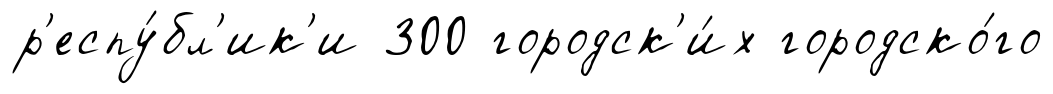
р'еспу́бл'ик'и 300 городск'и́х городско́го